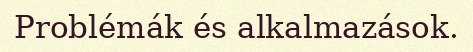
Problémák és alkalmazások.